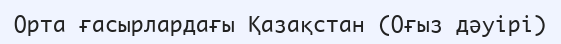
Орта ғасырлардағы Қазақстан (Оғыз дәуірі)